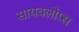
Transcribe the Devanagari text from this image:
सायक्लोप्स